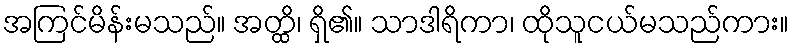
အကြင်မိန်းမသည်။ အတ္ထိ၊ ရှိ၏။ သာဒါရိကာ၊ ထိုသူငယ်မသည်ကား။